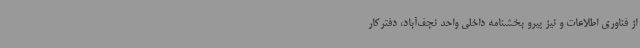
از فناوری اطلاعات و نیز پیرو بخشنامه داخلی واحد نجف‌آباد، دفترکار